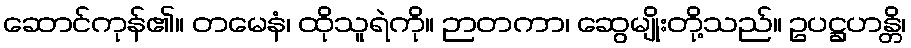
ဆောင်ကုန်၏။ တမေနံ၊ ထိုသူရဲကို။ ဉာတကာ၊ ဆွေမျိုးတို့သည်။ ဥပဋ္ဌဟန္တိ၊